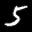
Label: 5